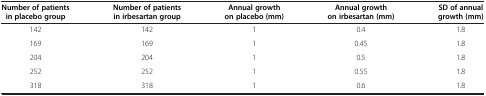
<table><thead><tr><td><b>Number of patients in placebo group</b></td><td><b>Number of patients in irbesartan group</b></td><td><b>Annual growth on placebo (mm)</b></td><td><b>Annual growth on irbesartan (mm)</b></td><td><b>SD of annual growth (mm)</b></td></tr></thead><tbody><tr><td>142</td><td>142</td><td>1</td><td>0.4</td><td>1.8</td></tr><tr><td>169</td><td>169</td><td>1</td><td>0.45</td><td>1.8</td></tr><tr><td>204</td><td>204</td><td>1</td><td>0.5</td><td>1.8</td></tr><tr><td>252</td><td>252</td><td>1</td><td>0.55</td><td>1.8</td></tr><tr><td>318</td><td>318</td><td>1</td><td>0.6</td><td>1.8</td></tr></tbody></table>